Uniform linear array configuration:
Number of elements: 4
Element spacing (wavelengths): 1
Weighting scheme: hann
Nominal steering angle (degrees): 0
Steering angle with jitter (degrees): -1.694
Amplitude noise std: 0.05
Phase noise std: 0.05

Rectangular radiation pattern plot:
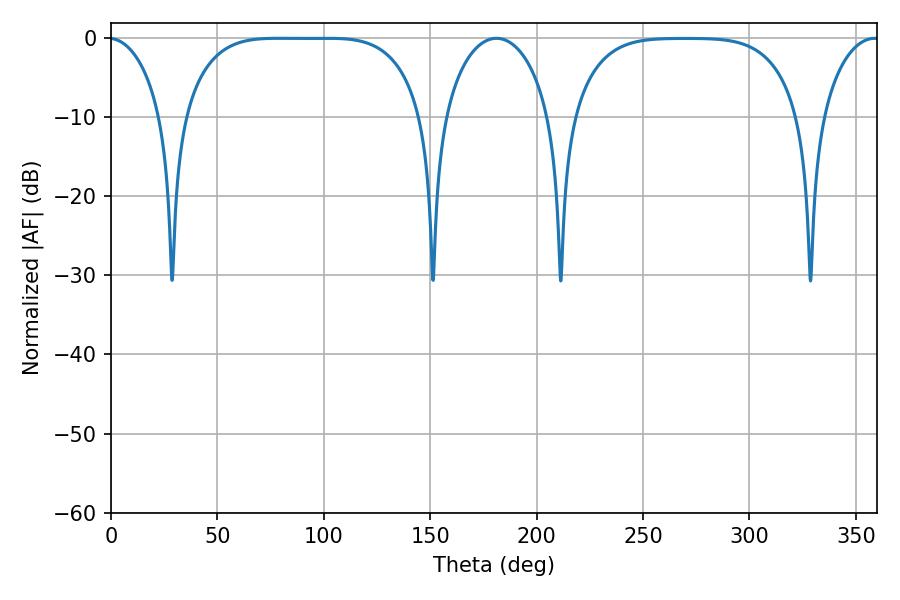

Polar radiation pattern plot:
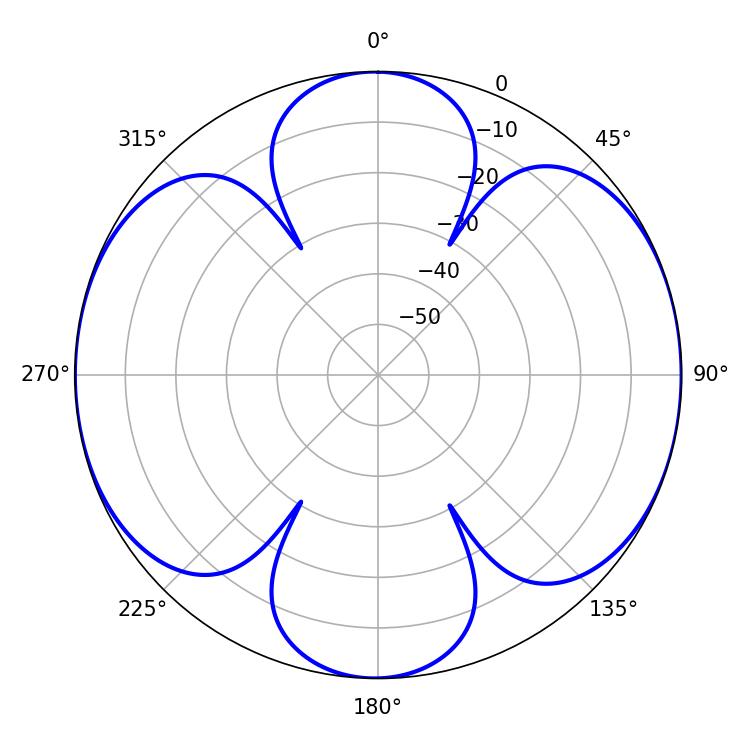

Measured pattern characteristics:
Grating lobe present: TRUE
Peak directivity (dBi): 13.837
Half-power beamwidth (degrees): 86.04
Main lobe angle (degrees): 78.66